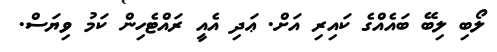
ލޯބި ލިބޭ ބައެއްގެ ކައިރި އަށް. ޢަދި އެއީ ރައްޓެހިން ކަމު ވިޔަސް.